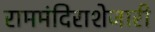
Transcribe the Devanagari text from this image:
राममंदिराशेजारी